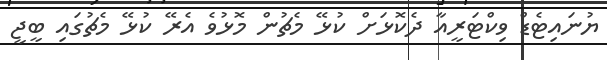
ޔުނައިޓެޑް ވިކްޓަރީއާ ދެކޮޅަށް ކުޅޭ މެޗުން މޮޅުވެ އެރޭ ކުޅޭ މެޗުގައި ބީޖީ